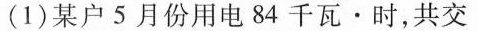
(1)某户5月份用电84千瓦\cdot时，共交